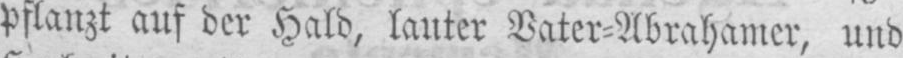
pflanzt auf der Hald, lauter Vater⸗Abrahamer, und